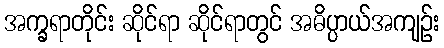
အက္ခရာတိုင်း ဆိုင်ရာ ဆိုင်ရာတွင် အဓိပ္ပာယ်အကျဉ်း